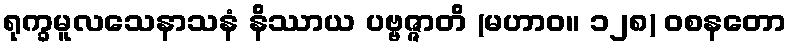
ရုက္ခမူလသေနာသနံ နိဿာယ ပဗ္ဗဇ္ဇာတိ (မဟာဝ။ ၁၂၈) ဝစနတော